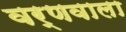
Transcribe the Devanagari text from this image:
वर्णवाला